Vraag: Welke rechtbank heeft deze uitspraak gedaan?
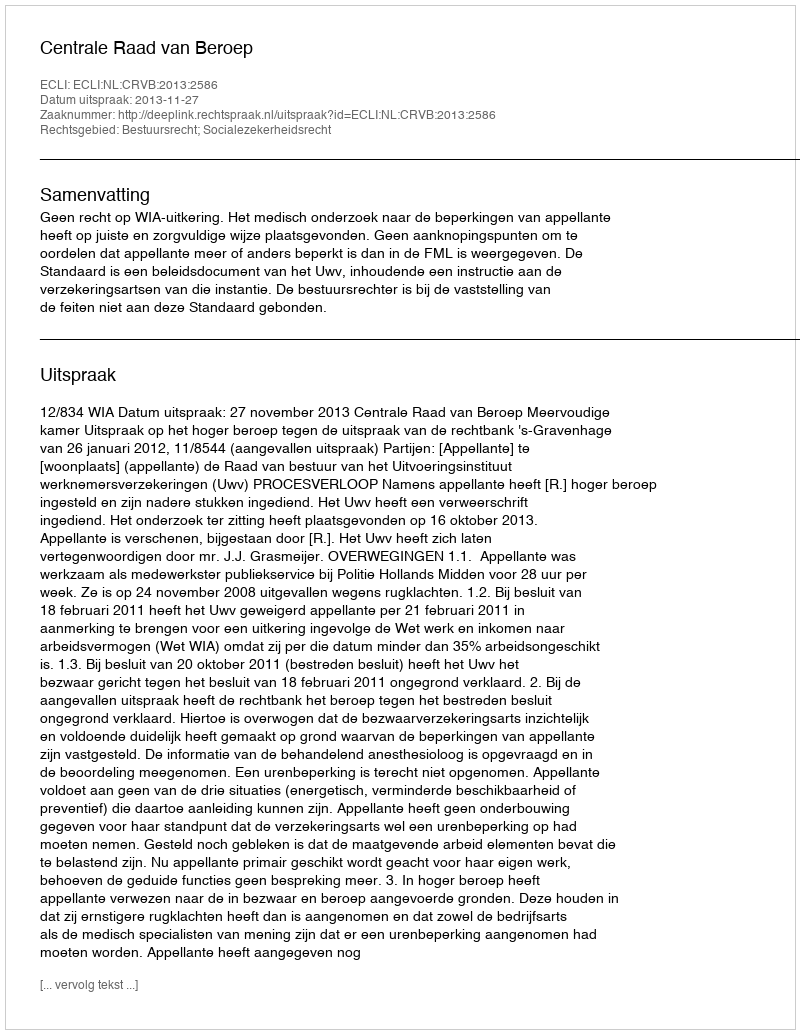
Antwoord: Centrale Raad van Beroep